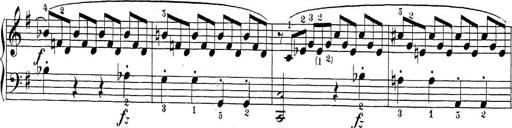
Title: Sonatina Album
Composer: Louis KÃ¶hler